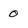
Character: 0